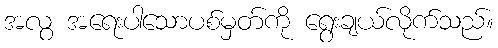
အလွ အရေးပါသောပစ်မှတ်ကို ရွေးချယ်လိုက်သည်။